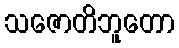
သဇောတိဘူတော